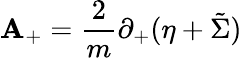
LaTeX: \mathbf{A}_{+}={\frac{{2}}{{m}}}\partial_{+}(\eta+\tilde{{\Sigma}})